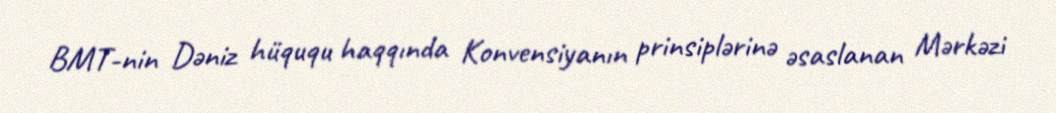
BMT-nin Dəniz hüququ haqqında Konvensiyanın prinsiplərinə əsaslanan Mərkəzi